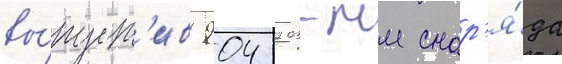
вы́пуст'ив 904 203-мм снар'я́да